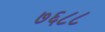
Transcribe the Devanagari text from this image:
७६८८